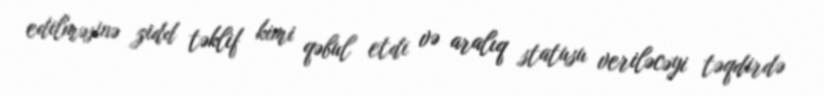
edilməsinə zidd təklif kimi qəbul etdi və aralıq statusu veriləcəyi təqdirdə